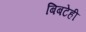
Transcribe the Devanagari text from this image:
बिबटेही